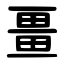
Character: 畺